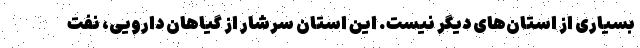
بسیاری از استان‌های دیگر نیست. این استان سرشار از گیاهان دارویی، نفت